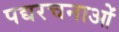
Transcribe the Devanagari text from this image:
पद्यरचनाओं